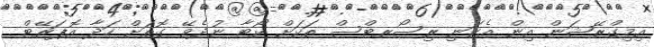
އިމިގްރޭޝަން އިން އެކަނި ރިސޯރޓްސް ތަކަށް ކޯޓާ ނުދެވޭ ގޮތަށް ހަދާ އޮޕަރޭޓް